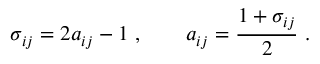
\sigma _ { i j } = 2 a _ { i j } - 1 \ , \quad \quad a _ { i j } = \frac { 1 + \sigma _ { i j } } { 2 } \ .